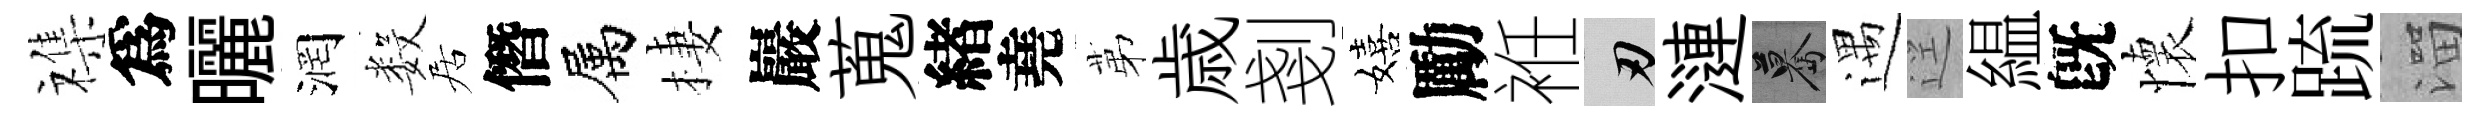
襍爲曬润数居僭属棲巖蒐緖堯苐歳剗嬉勵袵刃漣驀遇逕緼旣懷扣䟽溜